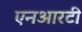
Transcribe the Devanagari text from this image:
एनआरटी